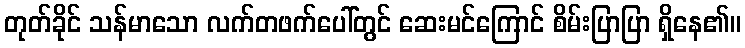
တုတ်ခိုင် သန်မာသော လက်တဖက်ပေါ်တွင် ဆေးမင်ကြောင် စိမ်းပြာပြာ ရှိနေ၏။